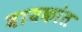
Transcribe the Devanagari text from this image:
बायकांत